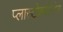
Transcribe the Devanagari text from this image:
प्लास्टोक्वीनोन